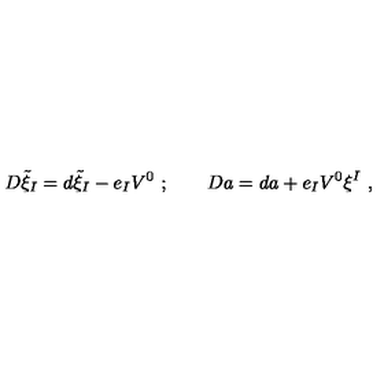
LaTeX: D \tilde { \xi } _ { I } = d \tilde { \xi } _ { I } - e _ { I } V ^ { 0 } \ ; \qquad D a = d a + e _ { I } V ^ { 0 } \xi ^ { I } \ ,